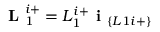
\textbf { L } _ { 1 } ^ { i + } = L _ { 1 } ^ { i + } \textbf { i } _ { \{ L 1 i + \} }